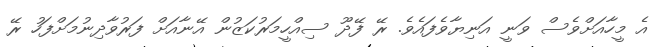
އެ މީހާއަށްވެސް ވަނީ އަނިޔާވެފައެވެ. ރޭ ފޭދޫ ސިއްހީމަރުކަޒުން އޭނާއަށް ފަރުވާދިނުމަށްފަހު ރޭ